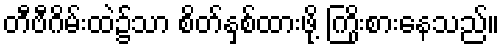
တီဗီဂိမ်းထဲ၌သာ စိတ်နှစ်ထားဖို့ ကြိုးစားနေသည်။